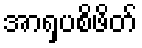
အာရှပစိဖိတ်